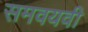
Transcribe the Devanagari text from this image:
समवयवी